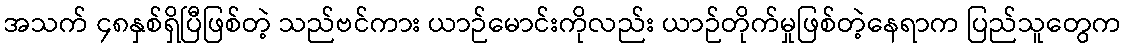
အသက် ၄၈နှစ်ရှိပြီဖြစ်တဲ့ သည်ဗင်ကား ယာဉ်မောင်းကိုလည်း ယာဉ်တိုက်မှုဖြစ်တဲ့နေရာက ပြည်သူတွေက